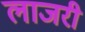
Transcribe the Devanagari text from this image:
लाजरी